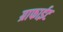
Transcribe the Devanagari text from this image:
ग्राफाईट